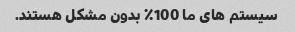
سیستم های ما 100٪ بدون مشکل هستند.